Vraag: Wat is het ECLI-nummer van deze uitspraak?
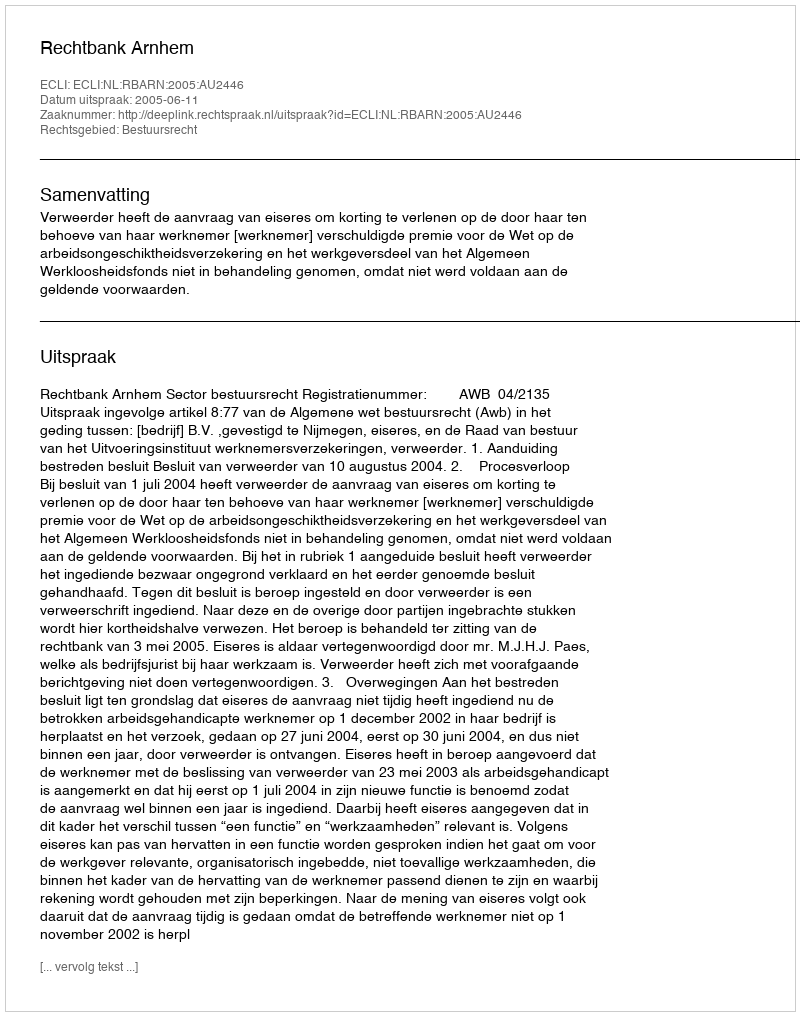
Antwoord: ECLI:NL:RBARN:2005:AU2446